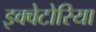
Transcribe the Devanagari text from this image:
इक्वेटोरिया